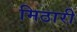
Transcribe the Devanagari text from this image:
मिठारी